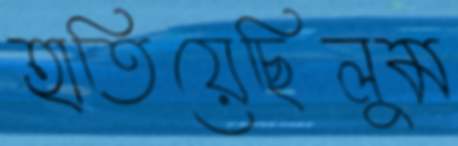
হাতিয়েছিলুম